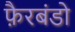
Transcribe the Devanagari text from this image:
फ़ैरबंडो